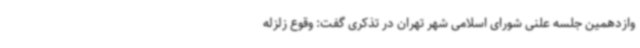
وازدهمین جلسه علنی شورای اسلامی شهر تهران در تذکری گفت: وقوع زلزله